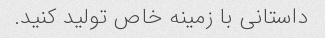
داستانی با زمینه خاص تولید کنید.